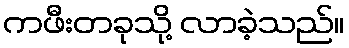
ကဖီးတခုသို့ လာခဲ့သည်။